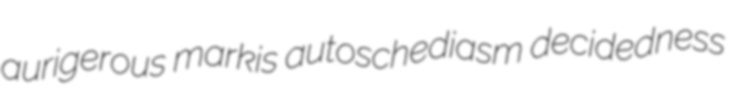
aurigerous markis autoschediasm decidedness